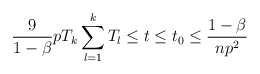
\begin{align*}\frac{9}{1-\beta} p T_k \sum_{l=1}^kT_l \leq t \leq t_0 \leq \frac{1-\beta}{np^2} \end{align*}